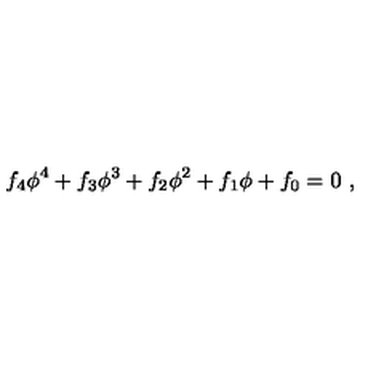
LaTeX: f _ { 4 } \phi ^ { 4 } + f _ { 3 } \phi ^ { 3 } + f _ { 2 } \phi ^ { 2 } + f _ { 1 } \phi + f _ { 0 } = 0 \ ,